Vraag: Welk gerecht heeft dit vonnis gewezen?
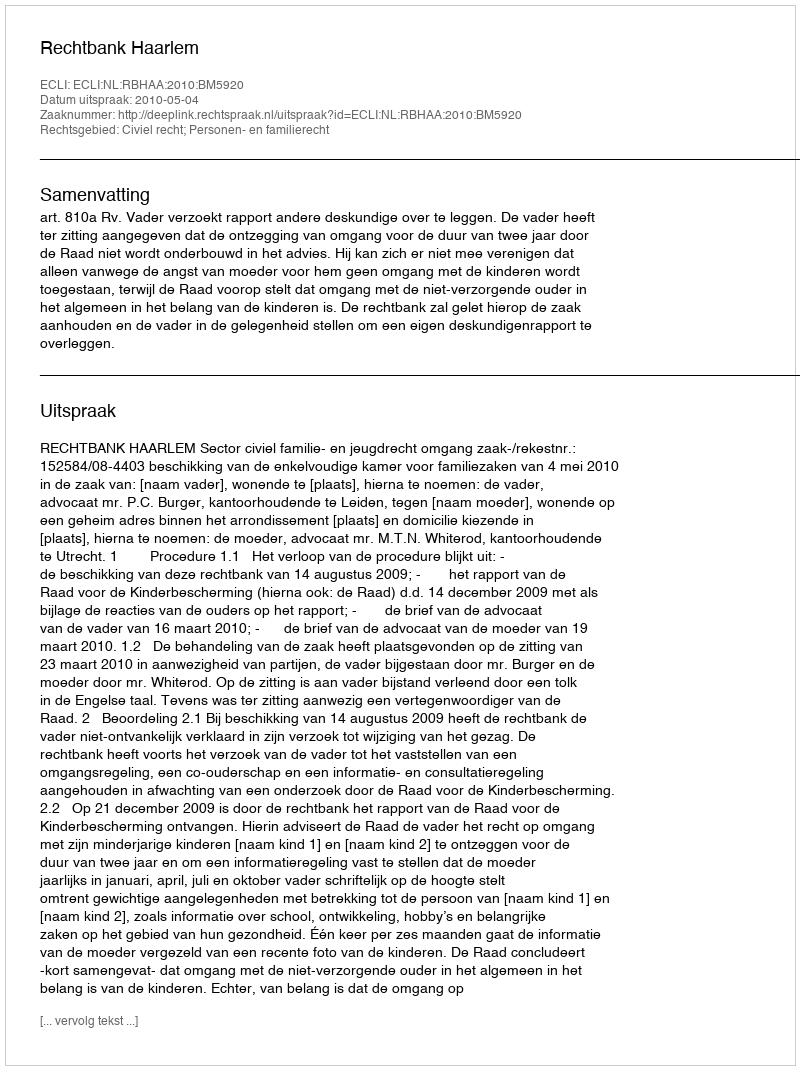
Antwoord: Rechtbank Haarlem